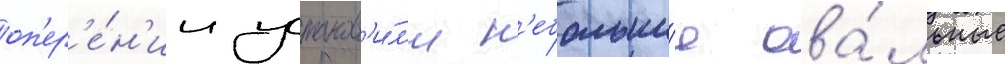
оп'ер'е́н'ии установ'и́л'и н'ебольши́е ова́льные